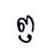
ឭ